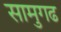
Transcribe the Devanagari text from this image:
सामुगढ